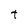
Character: t